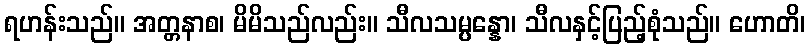
ရဟန်းသည်။ အတ္တနာစ၊ မိမိသည်လည်း။ သီလသမ္ပန္နော၊ သီလနှင့်ပြည့်စုံသည်။ ဟောတိ၊